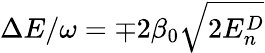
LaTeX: \Delta E/\omega=\mp 2\beta_{0}\sqrt{2E_{n}^{D}}